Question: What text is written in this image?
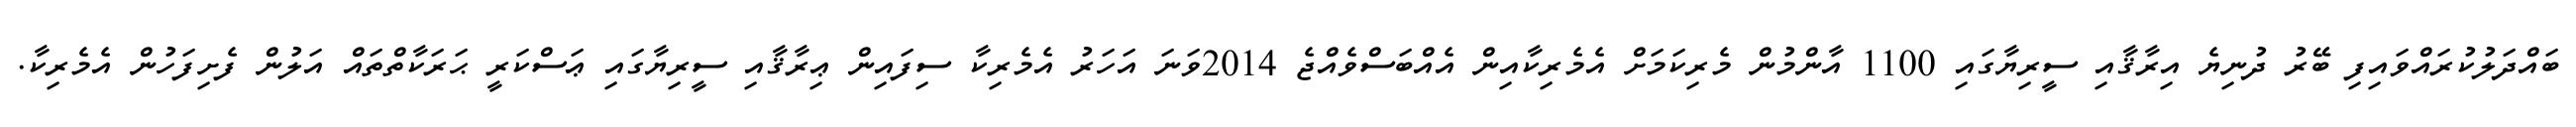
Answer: ބައްދަލުކުރައްވައިފި ބޭރު ދުނިޔެ އިރާޤާއި ސީރިޔާގައި 1100 އާންމުން މެރިކަމަށް އެމެރިކާއިން އެއްބަސްވެއްޖެ 2014ވަނަ އަހަރު އެމެރިކާ ސިފައިން ޢިރާޤާއި ސީރިޔާގައި ޢަސްކަރީ ޙަރަކާތްތައް އަލުން ފެށިފަހުން އެމެރިކާ.